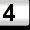
Digit: 4